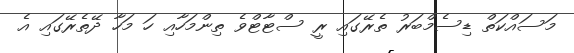
މަސައްކަތް ޑިސެމްބަރު ތެރޭގައި ރީ ސްޓާޓްވެ ތިންމަހާއި ހަ މަހާ ދޭތެރޭގައި އެ